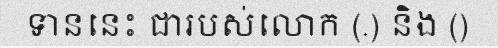
ទាននេះ ជារបស់លោក (.) និង ()